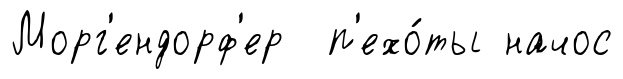
Морг'ендорф'ер п'ехо́ты начос